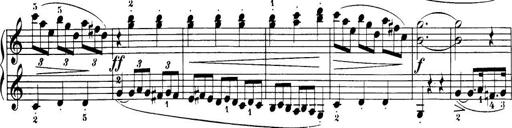
Title: 32 Sonatinas and Rondos for the Piano
Composer: Richard Kleinmichel